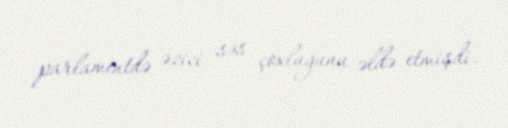
parlamentdə əzici səs çoxluğunu əldə etmişdi.